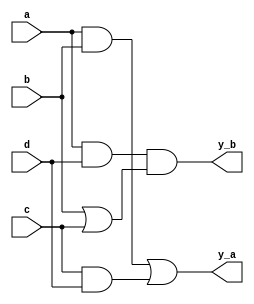
module gate4a(
    input a,b,c,d,
    output y_a,y_b
    );
    
    wire and_ab;
    wire and_cd,or_bc;
    
    assign and_ab = a&b;
    assign and_cd = c&d;
    assign or_bc = b|c;
    
    assign y_a = (and_ab|and_cd);
    assign y_b = (a&d)&or_bc;
 
endmodule